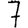
Digit: 7